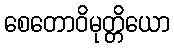
စေတောဝိမုတ္တိယော